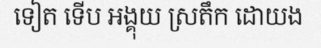
ទៀត ទើប អង្គុយ ស្រតឹក ដោយង